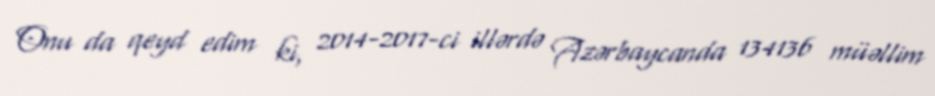
Onu da qeyd edim ki, 2014-2017-ci illərdə Azərbaycanda 134136 müəllim